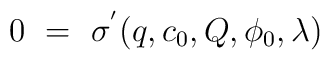
0\,\,=\,\,\sigma^{'}(q,c_{0},Q,\phi_{0},\lambda)